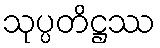
သုပ္ပတိဋ္ဌဿ